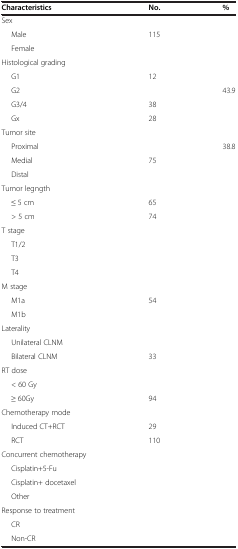
<table><thead><tr><td><b>Characteristics</b></td><td><b>No.</b></td><td><b>%</b></td></tr></thead><tbody><tr><td>Sex</td><td>[EMPTY_CELL]</td><td>[EMPTY_CELL]</td></tr><tr><td>Male</td><td>115</td><td>[EMPTY_CELL]</td></tr><tr><td>Female</td><td>[EMPTY_CELL]</td><td>[EMPTY_CELL]</td></tr><tr><td>Histological grading</td><td>[EMPTY_CELL]</td><td>[EMPTY_CELL]</td></tr><tr><td>G1</td><td>12</td><td>[EMPTY_CELL]</td></tr><tr><td>G2</td><td>[EMPTY_CELL]</td><td>43.9</td></tr><tr><td>G3/4</td><td>38</td><td>[EMPTY_CELL]</td></tr><tr><td>Gx</td><td>28</td><td>[EMPTY_CELL]</td></tr><tr><td>Tumor site</td><td>[EMPTY_CELL]</td><td>[EMPTY_CELL]</td></tr><tr><td>Proximal</td><td>[EMPTY_CELL]</td><td>38.8</td></tr><tr><td>Medial</td><td>75</td><td>[EMPTY_CELL]</td></tr><tr><td>Distal</td><td>[EMPTY_CELL]</td><td>[EMPTY_CELL]</td></tr><tr><td>Tumor legngth</td><td>[EMPTY_CELL]</td><td>[EMPTY_CELL]</td></tr><tr><td>≤ 5 cm</td><td>65</td><td>[EMPTY_CELL]</td></tr><tr><td>&gt; 5 cm</td><td>74</td><td>[EMPTY_CELL]</td></tr><tr><td>T stage</td><td>[EMPTY_CELL]</td><td>[EMPTY_CELL]</td></tr><tr><td>T1/2</td><td>[EMPTY_CELL]</td><td>[EMPTY_CELL]</td></tr><tr><td>T3</td><td>[EMPTY_CELL]</td><td>[EMPTY_CELL]</td></tr><tr><td>T4</td><td>[EMPTY_CELL]</td><td>[EMPTY_CELL]</td></tr><tr><td>M stage</td><td>[EMPTY_CELL]</td><td>[EMPTY_CELL]</td></tr><tr><td>M1a</td><td>54</td><td>[EMPTY_CELL]</td></tr><tr><td>M1b</td><td>[EMPTY_CELL]</td><td>[EMPTY_CELL]</td></tr><tr><td>Laterality</td><td>[EMPTY_CELL]</td><td>[EMPTY_CELL]</td></tr><tr><td>Unilateral CLNM</td><td>[EMPTY_CELL]</td><td>[EMPTY_CELL]</td></tr><tr><td>Bilateral CLNM</td><td>33</td><td>[EMPTY_CELL]</td></tr><tr><td>RT dose</td><td>[EMPTY_CELL]</td><td>[EMPTY_CELL]</td></tr><tr><td>&lt; 60 Gy</td><td>[EMPTY_CELL]</td><td>[EMPTY_CELL]</td></tr><tr><td>≥ 60Gy</td><td>94</td><td>[EMPTY_CELL]</td></tr><tr><td>Chemotherapy mode</td><td>[EMPTY_CELL]</td><td>[EMPTY_CELL]</td></tr><tr><td>Induced CT+RCT</td><td>29</td><td>[EMPTY_CELL]</td></tr><tr><td>RCT</td><td>110</td><td>[EMPTY_CELL]</td></tr><tr><td>Concurrent chemotherapy</td><td>[EMPTY_CELL]</td><td>[EMPTY_CELL]</td></tr><tr><td>Cisplatin+5-Fu</td><td>[EMPTY_CELL]</td><td>[EMPTY_CELL]</td></tr><tr><td>Cisplatin+ docetaxel</td><td>[EMPTY_CELL]</td><td>[EMPTY_CELL]</td></tr><tr><td>Other</td><td>[EMPTY_CELL]</td><td>[EMPTY_CELL]</td></tr><tr><td>Response to treatment</td><td>[EMPTY_CELL]</td><td>[EMPTY_CELL]</td></tr><tr><td>CR</td><td>[EMPTY_CELL]</td><td>[EMPTY_CELL]</td></tr><tr><td>Non-CR</td><td>[EMPTY_CELL]</td><td>[EMPTY_CELL]</td></tr></tbody></table>